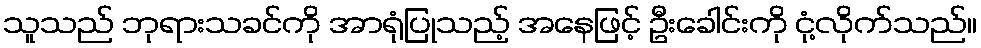
သူသည် ဘုရားသခင်ကို အာရုံပြုသည့် အနေဖြင့် ဦးခေါင်းကို ငုံ့လိုက်သည်။